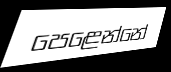
පෙළෙන්නේ